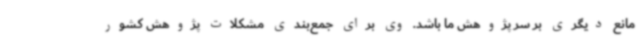
مانع دیگری بر سر پژوهش ما باشد. وی برای جمع‌بندی مشکلات پژوهش کشور